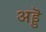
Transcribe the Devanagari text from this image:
अड्डॆ